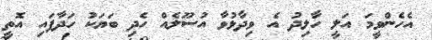
އެހެންވީމަ އަލީ ހާލިދު އެ ވިދާޅުވާ އުސޫލެއް ހެދި ބަޔަކު ހަދާފައި އޮތީ